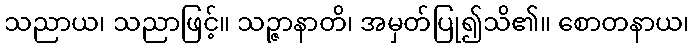
သညာယ၊ သညာဖြင့်။ သဉ္ဇာနာတိ၊ အမှတ်ပြု၍သိ၏။ စောတနာယ၊